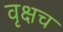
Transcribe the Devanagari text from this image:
वृक्षच